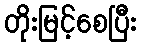
တိုးမြင့်စေပြီး